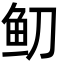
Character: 鱽